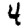
Digit: 4